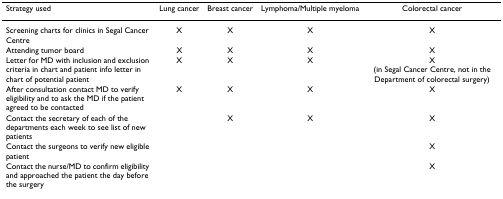
<table><thead><tr><td><b>Strategy used</b></td><td><b>Lung cancer</b></td><td><b>Breast cancer</b></td><td><b>Lymphoma/Multiple myeloma</b></td><td><b>Colorectal cancer</b></td></tr></thead><tbody><tr><td>Screening charts for clinics in Segal Cancer Centre</td><td>X</td><td>X</td><td>X</td><td>X</td></tr><tr><td>Attending tumor board</td><td>X</td><td>X</td><td>X</td><td>X</td></tr><tr><td>Letter for MD with inclusion and exclusion criteria in chart and patient info letter in chart of potential patient</td><td>X</td><td>X</td><td>X</td><td>X (in Segal Cancer Centre, not in the Department of colorectal surgery)</td></tr><tr><td>After consultation contact MD to verify eligibility and to ask the MD if the patient agreed to be contacted</td><td>X</td><td>X</td><td>X</td><td>X</td></tr><tr><td>Contact the secretary of each of the departments each week to see list of new patients</td><td></td><td>X</td><td>X</td><td>X</td></tr><tr><td>Contact the surgeons to verify new eligible patient</td><td></td><td></td><td></td><td>X</td></tr><tr><td>Contact the nurse/MD to confirm eligibility and approached the patient the day before the surgery</td><td></td><td></td><td></td><td>X</td></tr></tbody></table>